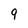
Character: 9